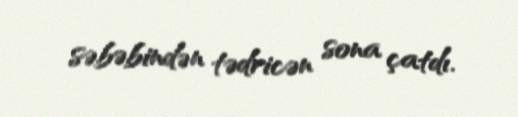
səbəbindən tədricən sona çatdı.